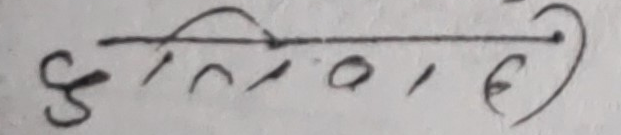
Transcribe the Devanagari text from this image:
इति०१६)